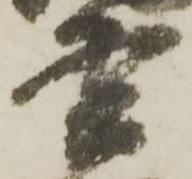
雲